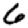
Digit: 6